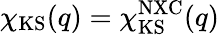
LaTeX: \chi_{\mathrm{KS}}(q)=\chi_{\mathrm{KS}}^{\mathrm{NXC}}(q)